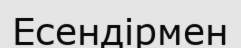
Есендірмен